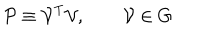
{ \cal { P } } \equiv { \cal { V } } ^ { \mathrm { T } } { \cal { V } } , \qquad { \cal { V } } \in G